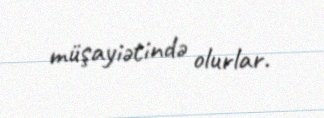
müşayiətində olurlar.